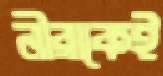
নীরাকেই